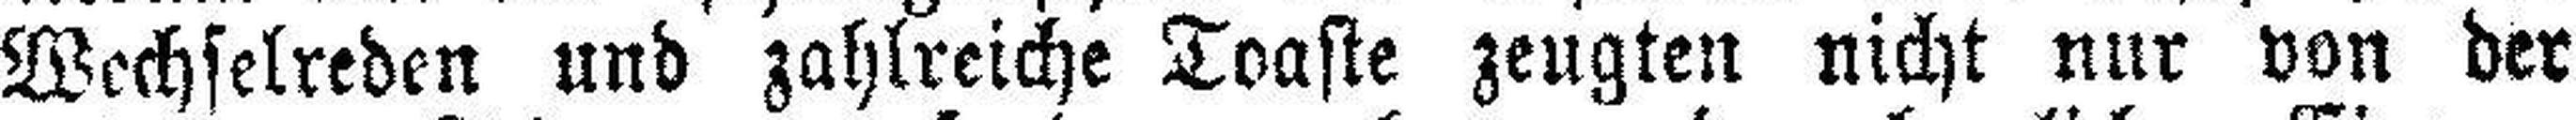
Wechselreden und zahlreiche Toaste zeugten nicht nur von der